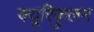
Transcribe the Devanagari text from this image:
क्यूरिकुलम